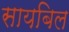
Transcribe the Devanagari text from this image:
सायबिल